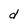
Character: d